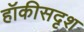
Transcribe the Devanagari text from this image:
हॉकीसदृश